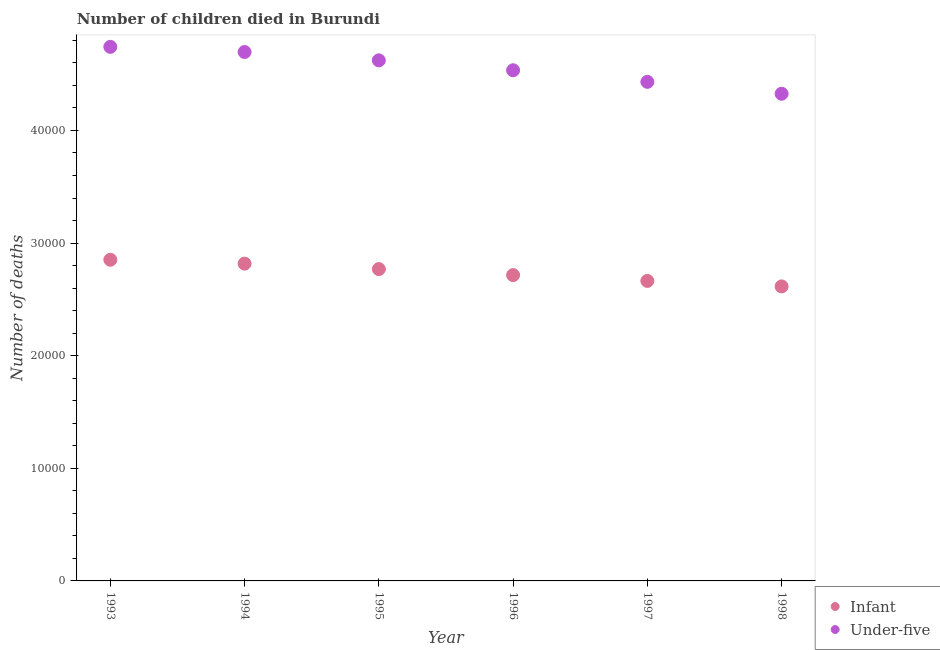
| Year | Infant | Under-five |
 | --- | --- | --- |
 | 1993 | 2.85e+04 | 4.74e+04 |
 | 1994 | 2.82e+04 | 4.7e+04 |
 | 1995 | 2.77e+04 | 4.62e+04 |
 | 1996 | 2.72e+04 | 4.53e+04 |
 | 1997 | 2.66e+04 | 4.43e+04 |
 | 1998 | 2.62e+04 | 4.33e+04 |